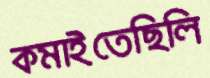
কমাইতেছিলি